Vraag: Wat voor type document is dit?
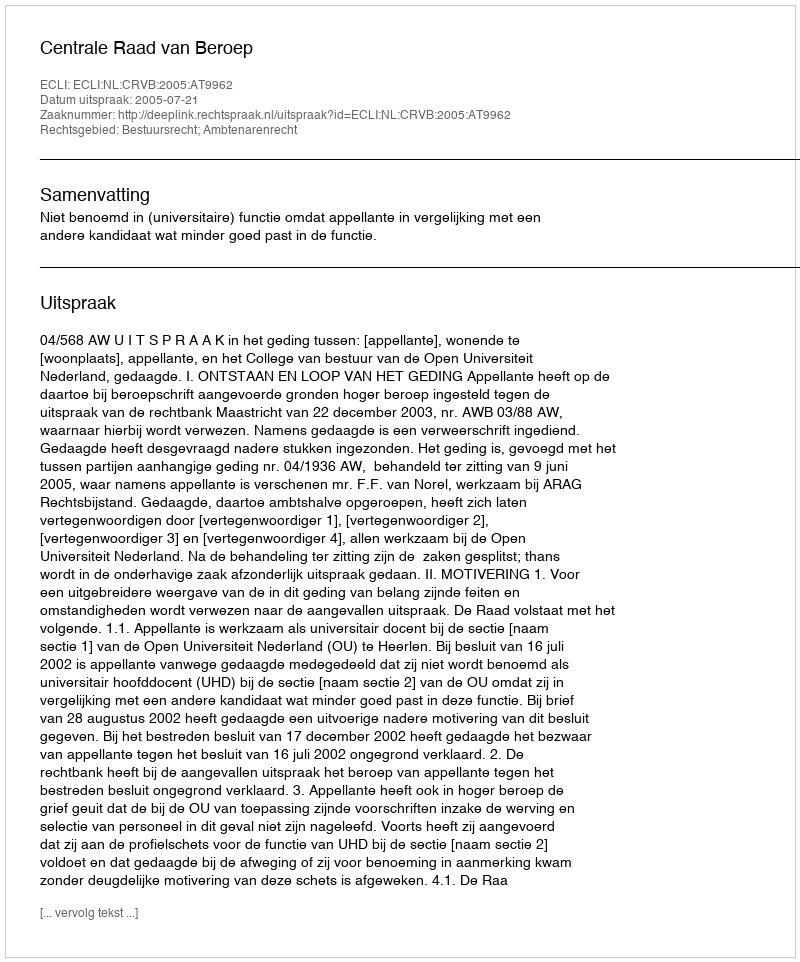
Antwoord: Uitspraak